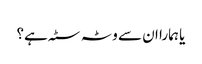
یا ہمارا ان سے وٹہ سٹہ ہے؟